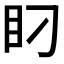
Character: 𰥋